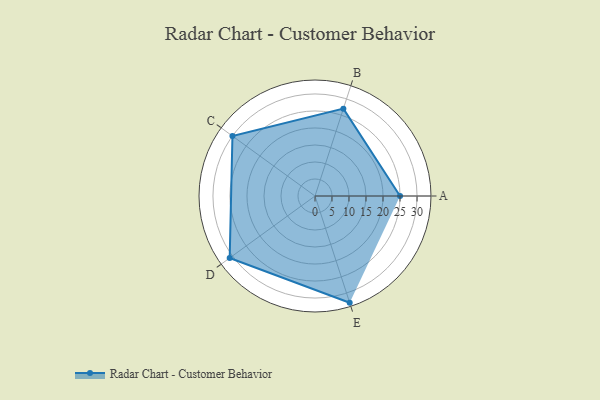
{"axis": {"x": "Skill", "y": "Score"}, "legend": ["Profile"], "data": [{"x": "A", "y": 25.0, "type": "Profile"}, {"x": "B", "y": 27.0, "type": "Profile"}, {"x": "C", "y": 30.0, "type": "Profile"}, {"x": "D", "y": 31.0, "type": "Profile"}, {"x": "E", "y": 33.0, "type": "Profile"}]}